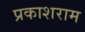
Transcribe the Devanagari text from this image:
प्रकाशराम